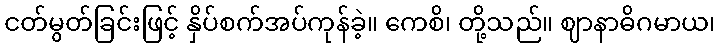
ငတ်မွတ်ခြင်းဖြင့် နှိပ်စက်အပ်ကုန်ခဲ့။ ကေစိ၊ တို့သည်။ ဈာနာဓိဂမာယ၊